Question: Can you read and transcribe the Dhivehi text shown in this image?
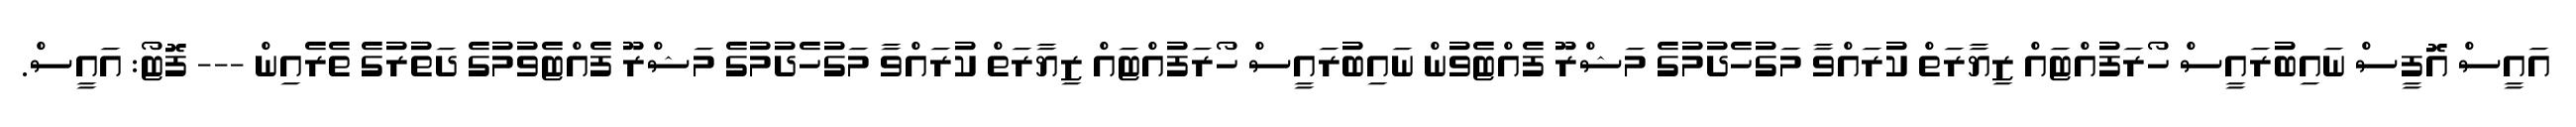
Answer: އައީސް އޮފީސް ނައިބުރައީސް ހޯރަފުއްޓައް ޒިޔާރަތް ކުރައްވާ މަގުހެދުމުގެ މަޝްރޫ ފެއްޓެވުން ނައިބުރައީސް ހޯރަފުއްޓައް ޒިޔާރަތް ކުރައްވާ މަގުހެދުމުގެ މަޝްރޫ ފެއްޓެވުމުގެ ދަތުރުގެ ތެރެއިން --- ފޮޓޯ: އައީސް.